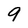
Character: 9